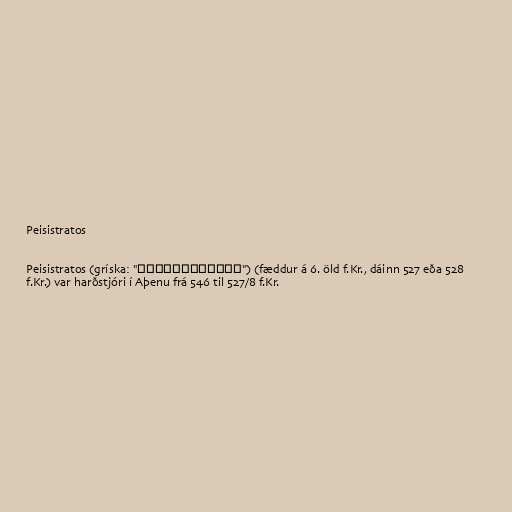
Peisistratos

Peisistratos (gríska: "Πεισίστρατος") (fæddur á 6. öld f.Kr., dáinn 527 eða 528
f.Kr.) var harðstjóri í Aþenu frá 546 til 527/8 f.Kr.